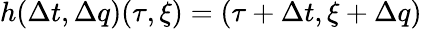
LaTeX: h(\Delta t,\Delta q)(\tau,\xi)=(\tau+\Delta t,\xi+\Delta q)